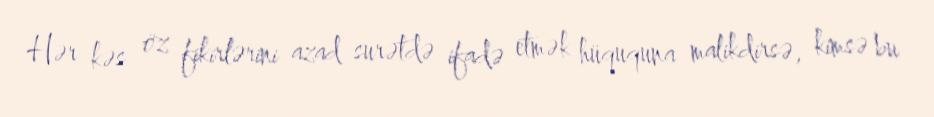
Hər kəs öz fikirlərini azad surətdə ifadə etmək hüququna malikdirsə, kimsə bu